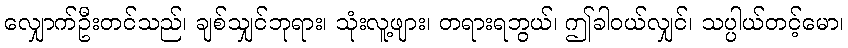
လျှောက်ဦးတင်သည်၊ ချစ်သျှင်ဘုရား၊ သုံးလူ့ဖျား၊ တရားရဘွယ်၊ ဤခါဝယ်လျှင်၊ သပ္ပါယ်တင့်မော၊